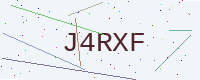
Text: J4RXF